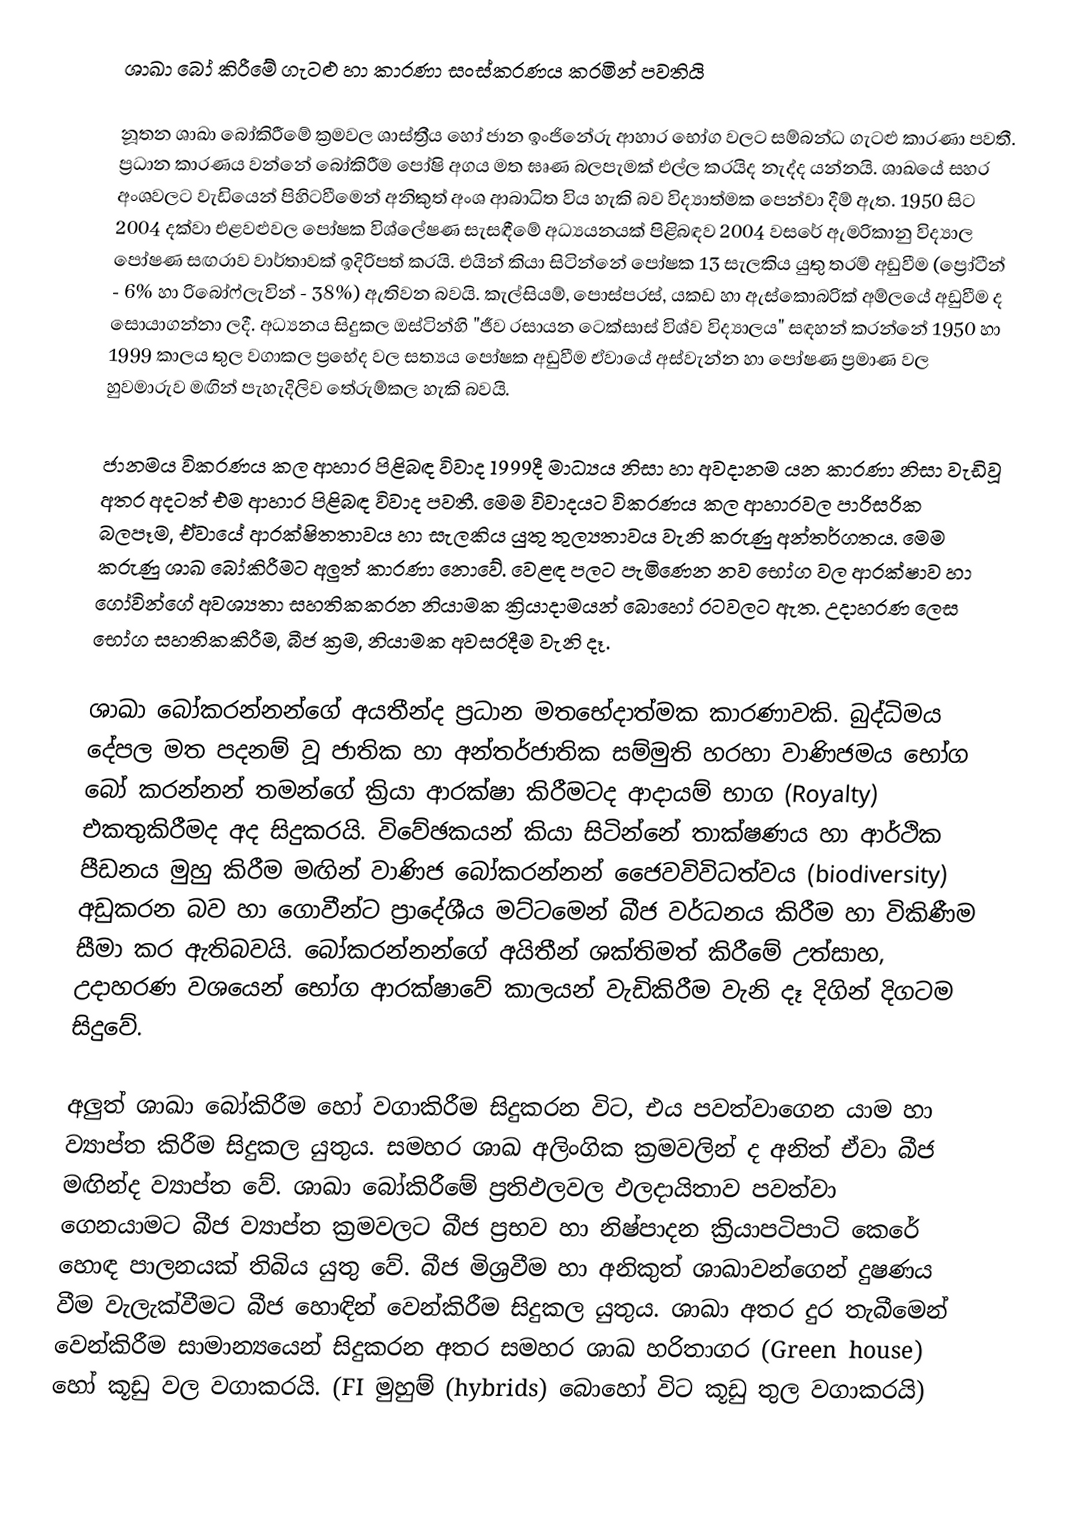
ශාඛා බෝ කිරීමේ ගැටළු හා කාරණා සංස්කරණය කරමින් පවතියි

නූතන ශාඛා බෝකිරීමේ ක්‍රමවල ශාස්ත්‍රීය හෝ ජාන ඉංජිනේරු ආහාර භෝග වලට සම්බන්ධ ගැටළු කාරණා පවතී. ප්‍රධාන කාරණය වන්නේ බෝකිරීම පෝෂි අගය මත ඝෘණ බලපැමක් එල්ල කරයිද නැද්ද යන්නයි. ශාඛයේ සහර අංශවලට වැඩියෙන් පිහිටවීමෙන් අනිකුත් අංශ ආබාධිත විය හැකි බව විද්‍යාත්මක පෙන්වා දීම් ඇත. 1950 සිට 2004 දක්වා එළවළුවල පෝෂක විශ්ලේෂණ සැසඳීමේ අධ්‍යයනයක් පිළිබඳව 2004 වසරේ ඇමරිකානු විද්‍යාල පෝෂණ සඟරාව වාර්තාවක් ඉදිරිපත් කරයි. එයින් කියා සිටින්නේ පෝෂක 13 සැලකිය යුතු තරම් අඩුවීම (ප්‍රෝටීන් - 6% හා රිබෝෆ්ලැවින් - 38%) ඇතිවන බවයි. කැල්සියම්, පොස්පරස්, යකඩ හා ඇස්කොබරික් අම්ලයේ අඩුවීම ද සොයාගන්නා ලදී. අධ්‍යනය සිදුකල ඔස්ටින්හි "ජීව රසායන ටෙක්සාස් විශ්ව විද්‍යාලය" සඳහන් කරන්නේ 1950 හා 1999 කාලය තුල වගාකල ප්‍රභේද වල සත්‍යය පෝෂක අඩුවීම ඒවායේ අස්වැන්න හා පෝෂණ ප්‍රමාණ වල හුවමාරුව මඟින් පැහැදිලිව තේරුම්කල හැකි බවයි.

ජානමය විකරණය කල ආහාර පිළිබඳ විවාද 1999දී මාධ්‍යය නිසා හා අවදානම යන කාරණා නිසා වැඩිවූ අතර අදටත් එම ආහාර පිළිබඳ විවාද පවතී. මෙම විවාදයට විකරණය කල ආහාරවල පාරිසරික බලපෑම, ඒවායේ ආරක්ෂිතතාවය හා සැලකිය යුතු තුල්‍යතාවය වැනි කරුණු අන්තර්ගතය. මෙම කරුණු ශාඛ බෝකිරීමට අලුත් කාරණා නොවේ. වෙළඳ පලට පැමිණෙන නව භෝග වල ආරක්ෂාව හා ගෝවින්ගේ අවශ්‍යතා සහතිකකරන නියාමක ක්‍රියාදාමයන් බොහෝ රටවලට ඇත. උදාහරණ ලෙස භෝග සහතිකකිරීම, බීජ ක්‍රම, නියාමක අවසරදීම වැනි දෑ.

ශාඛා බෝකරන්නන්ගේ අයතීන්ද ප්‍රධාන මතභේදාත්මක කාරණාවකි. බුද්ධිමය දේපල මත පදනම් වූ ජාතික හා අන්තර්ජාතික සම්මුති හරහා වාණිජමය භෝග බෝ කරන්නන් තමන්ගේ ක්‍රියා ආරක්ෂා කිරීමටද ආදායම් භාග (Royalty) එකතුකිරීමද අද සිදුකරයි. විවේඡකයන් කියා සිටින්නේ තාක්ෂණය හා ආර්ථික පීඩනය මුහු කිරීම මඟින් වාණිජ බෝකරන්නන් ජෛවවිවිධත්වය (biodiversity) අඩුකරන බව හා ගොවීන්ට ප්‍රාදේශීය මට්ටමෙන් බීජ වර්ධනය කිරීම හා විකිණීම සීමා කර ඇතිබවයි. බෝකරන්නන්ගේ අයිතීන් ශක්තිමත් කිරීමේ උත්සාහ, උදාහරණ වශයෙන් භෝග ආරක්ෂාවේ කාලයන් වැඩිකිරීම වැනි දෑ දිගින් දිගටම සිදුවේ.

අලුත් ශාඛා බෝකිරීම හෝ වගාකිරීම සිදුකරන විට, එය පවත්වාගෙන යාම හා ව්‍යාප්ත කිරීම සිදුකල යුතුය. සමහර ශාඛ අලිංගික ක්‍රමවලින් ද අනිත් ඒවා බීජ මඟින්ද ව්‍යාප්ත වේ. ශාඛා බෝකිරීමේ ප්‍රතිඵලවල ඵලදායිතාව පවත්වා ගෙනයාමට බීජ ව්‍යාප්ත ක්‍රමවලට බීජ ප්‍රභව හා නිෂ්පාදන ක්‍රියාපටිපාටි කෙරේ හොඳ පාලනයක් තිබිය යුතු වේ. බීජ මිශ්‍රවීම හා අනිකුත් ශාඛාවන්ගෙන් දුෂණය වීම වැලැක්වීමට බීජ හොඳින් වෙන්කිරීම සිදුකල යුතුය. ශාඛා අතර දුර තැබීමෙන් වෙන්කිරීම සාමාන්‍යයෙන් සිදුකරන අතර සමහර ශාඛ හරිතාගර (Green house) හෝ කූඩු වල වගාකරයි. (FI මුහුම් (hybrids) බො‍හෝ විට කූඩු තුල වගාකරයි)